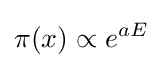
\pi (x)\propto e^{aE}